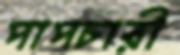
পাপচারী